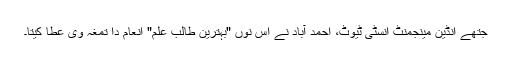
جتھے انڈین مینجمنٹ انسٹی ٹیوٹ، احمد آباد نے اس نوں "بہترین طالب علم" انعام دا تمغہ وی عطا کیتا۔